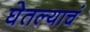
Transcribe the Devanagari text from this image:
घेतल्याचं